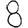
Digit: 8